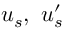
u _ { s } , \ u _ { s } ^ { \prime }